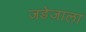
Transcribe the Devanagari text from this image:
जडेजाला